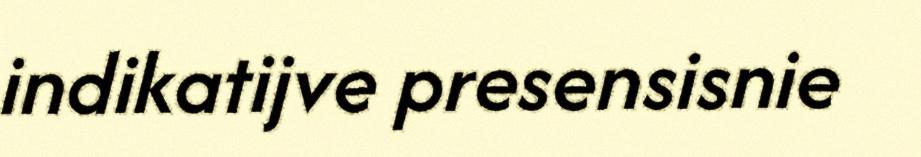
indikatijve presensisnie